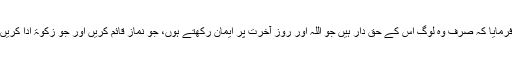
فرمایا کہ صرف وہ لوگ اس کے حق دار ہیں جو اللہ اور روز آخرت پر ایمان رکھتے ہوں، جو نماز قائم کریں اور جو زکوٰۃ ادا کریں۔